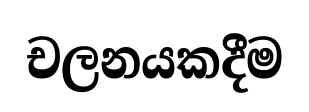
චලනයකදීම